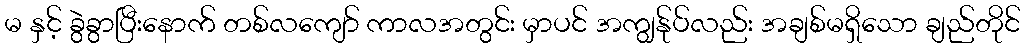
မ နှင့် ခွဲခွာပြီးနောက် တစ်လကျော် ကာလအတွင်း မှာပင် အကျွန်ုပ်လည်း အချစ်မရှိသော ချည်တိုင်